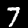
Digit: 7